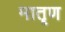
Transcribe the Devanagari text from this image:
मातॄण